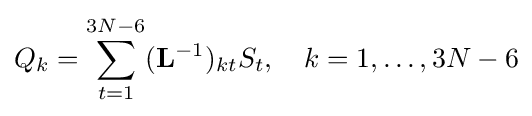
Q_{k}=\sum _{t=1}^{3N-6}(\mathbf {L} ^{-1})_{kt}S_{t},\quad k=1,\ldots ,3N-6